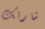
شارتك